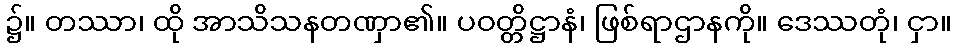
၌။ တဿာ၊ ထို အာသိသနတဏှာ၏။ ပဝတ္တိဋ္ဌာနံ၊ ဖြစ်ရာဌာနကို။ ဒေဿတုံ၊ ငှာ။